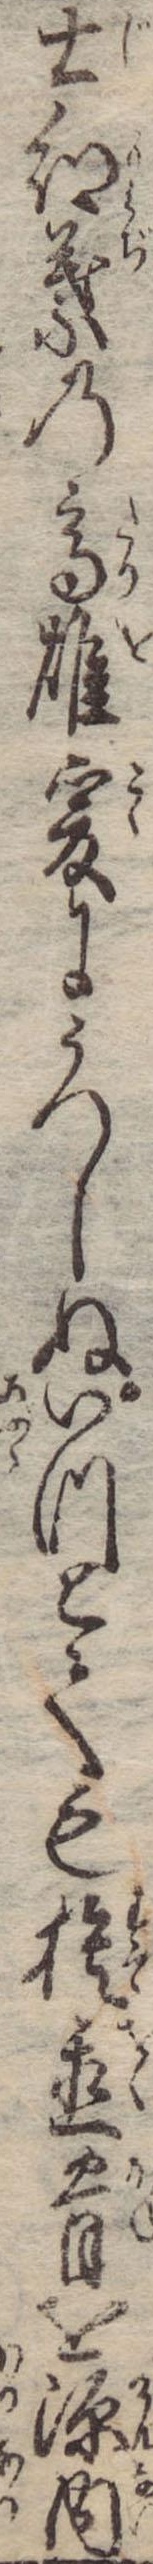
士紅葉の高雄爰にうつしぬいつとても捨置骨を源内